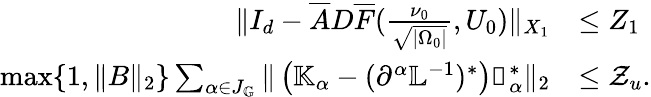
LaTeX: \begin{array}{rl}{\| I_{d}-\overline{{A}}D\overline{{F}}(\frac{\nu_{0}}{\sqrt{|{\Omega_{0}}|}},U_{0})\| _{X_{1}}}&{\leq Z_{1}}\\ {\operatorname*{max}\{ 1,\| {B}\| _{2}\} \sum_{\alpha\in J_{\mathbb{G}}}\| \left(\mathbb{K}_{\alpha}-(\partial^{\alpha}\mathbb{L}^{-1})^{*}\right)\mathbb{v}_{\alpha}^{*}\| _{2}}&{\leq\mathcal{Z}_{u}.}\end{array}